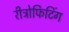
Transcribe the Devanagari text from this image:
रीट्रोफिटिंग